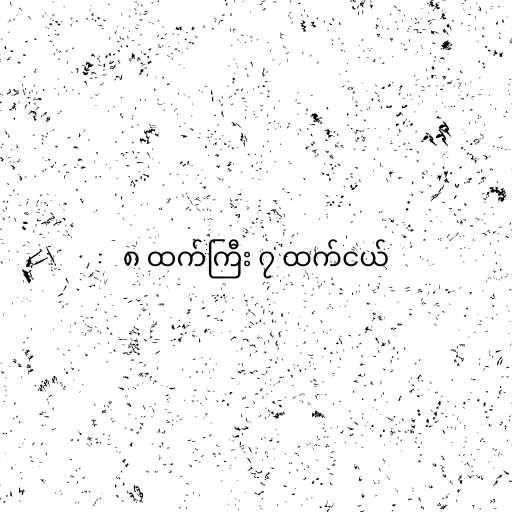
၈ ထက်ကြီး ၇ ထက်ငယ်